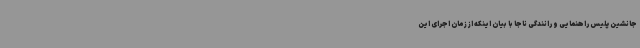
جانشین پلیس راهنمایی و رانندگی ناجا با بیان اینکه از زمان اجرای این